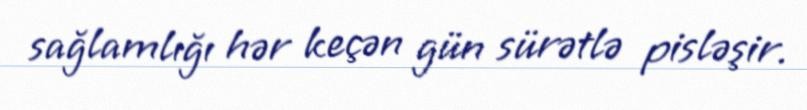
sağlamlığı hər keçən gün sürətlə pisləşir.